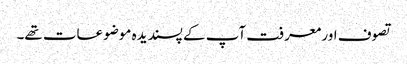
تصوف اور معرفت آپ کے پسندیدہ موضوعات تھے۔